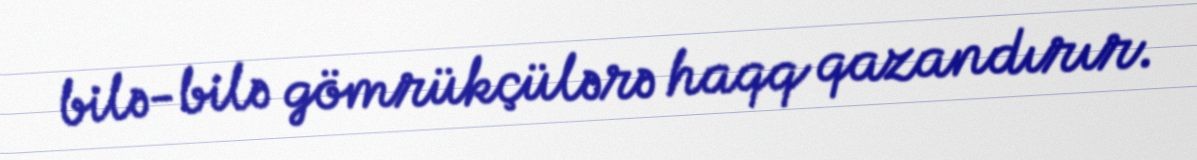
bilə-bilə gömrükçülərə haqq qazandırır.